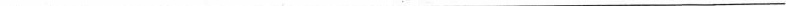
___